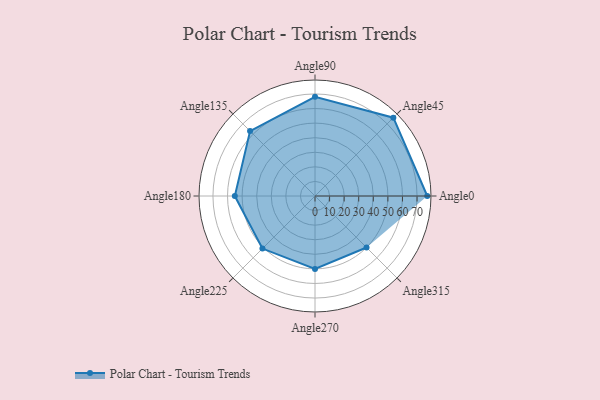
{"axis": {"x": "Angle", "y": "Radius"}, "legend": [""], "data": [{"x": "Angle0", "y": 77.0, "type": ""}, {"x": "Angle45", "y": 76.0, "type": ""}, {"x": "Angle90", "y": 68.0, "type": ""}, {"x": "Angle135", "y": 63.0, "type": ""}, {"x": "Angle180", "y": 55.0, "type": ""}, {"x": "Angle225", "y": 51.0, "type": ""}, {"x": "Angle270", "y": 50, "type": ""}, {"x": "Angle315", "y": 50, "type": ""}]}